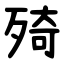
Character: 㱦